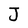
Character: J